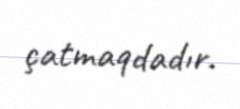
çatmaqdadır.